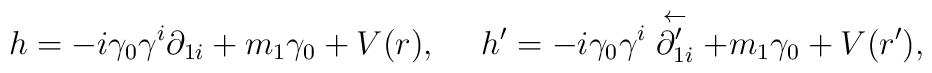
h=-i\gamma_0\gamma^i\partial_{1i}+m_1\gamma_0+V(r), \ \ \ \ h'=-i\gamma_0\gamma^i\stackrel{\leftarrow}{\partial_{1i}'}+m_1\gamma_0+V(r'),